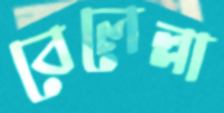
বেলেল্লা